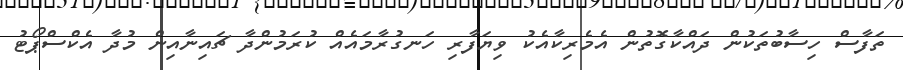
ތަފާސް ހިސާބުތަކުން ދައްކާގޮތުން އެމެރިކާއެކު ވިޔަފާރި ހަނގުރާމައެއް ކުރަމުންދާ ޗައިނާއިން މުދާ އެކްސްޕޯޓު